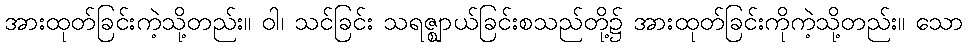
အားထုတ်ခြင်းကဲ့သို့တည်း။ ဝါ၊ သင်ခြင်း သရဇ္ဈာယ်ခြင်းစသည်တို့၌ အားထုတ်ခြင်းကိုကဲ့သို့တည်း။ သော